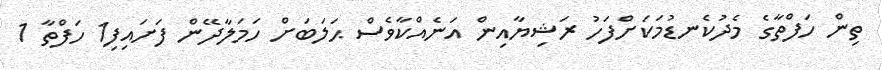
ތިން ހަފްތާގެ މެދުކެނޑުމަކަށްފަހު ރަޝިޔާއިން އަނެއްކާވެސް ޙަލަބަށް ހަމަލާދޭން ފަށައިފި1 ހަފްތާ 1